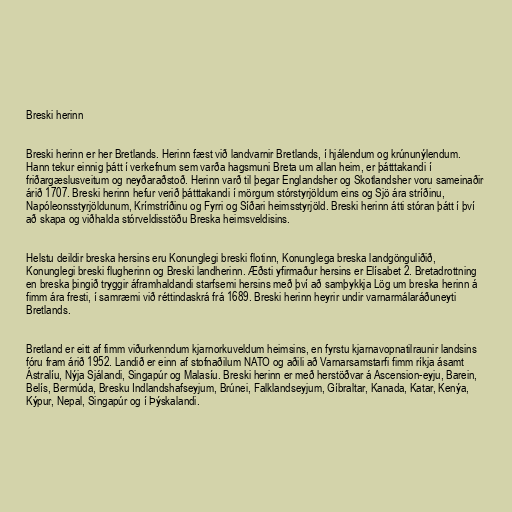
Breski herinn

Breski herinn er her Bretlands. Herinn fæst við landvarnir Bretlands, í hjálendum og krúnunýlendum.
Hann tekur einnig þátt í verkefnum sem varða hagsmuni Breta um allan heim, er þátttakandi í
friðargæslusveitum og neyðaraðstoð. Herinn varð til þegar Englandsher og Skotlandsher voru sameinaðir
árið 1707. Breski herinn hefur verið þátttakandi í mörgum stórstyrjöldum eins og Sjö ára stríðinu,
Napóleonsstyrjöldunum, Krímstríðinu og Fyrri og Síðari heimsstyrjöld. Breski herinn átti stóran þátt í því
að skapa og viðhalda stórveldisstöðu Breska heimsveldisins.

Helstu deildir breska hersins eru Konunglegi breski flotinn, Konunglega breska landgönguliðið,
Konunglegi breski flugherinn og Breski landherinn. Æðsti yfirmaður hersins er Elísabet 2. Bretadrottning
en breska þingið tryggir áframhaldandi starfsemi hersins með því að samþykkja Lög um breska herinn á
fimm ára fresti, í samræmi við réttindaskrá frá 1689. Breski herinn heyrir undir varnarmálaráðuneyti
Bretlands.

Bretland er eitt af fimm viðurkenndum kjarnorkuveldum heimsins, en fyrstu kjarnavopnatilraunir landsins
fóru fram árið 1952. Landið er einn af stofnaðilum NATO og aðili að Varnarsamstarfi fimm ríkja ásamt
Ástralíu, Nýja Sjálandi, Singapúr og Malasíu. Breski herinn er með herstöðvar á Ascension-eyju, Barein,
Belís, Bermúda, Bresku Indlandshafseyjum, Brúnei, Falklandseyjum, Gíbraltar, Kanada, Katar, Kenýa,
Kýpur, Nepal, Singapúr og í Þýskalandi.